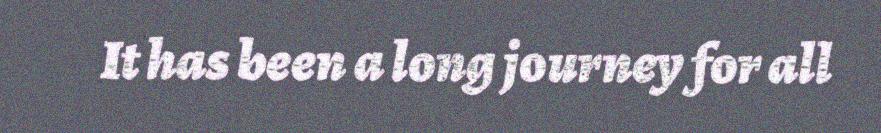
It has been a long journey for all